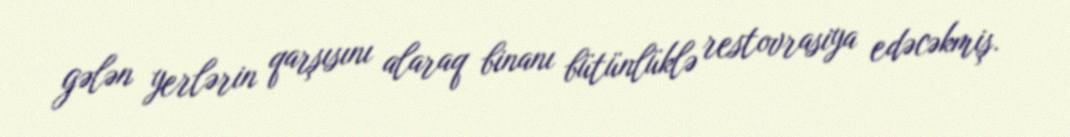
gələn yerlərin qarşısını alaraq binanı bütünlüklə restovrasiya edəcəkmiş.